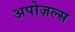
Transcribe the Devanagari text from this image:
अपोज़ल्स